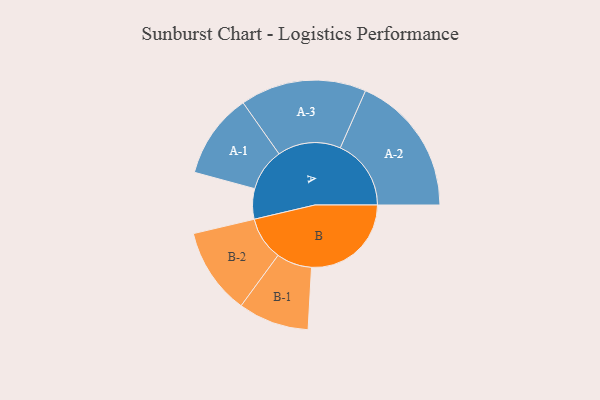
{"axis": {"x": "Segment", "y": "Value"}, "legend": ["", "A", "B"], "data": [{"x": "A", "y": 103, "type": ""}, {"x": "B", "y": 338, "type": ""}, {"x": "A-1", "y": 144, "type": "A"}, {"x": "A-2", "y": 240, "type": "A"}, {"x": "A-3", "y": 214, "type": "A"}, {"x": "B-1", "y": 120, "type": "B"}, {"x": "B-2", "y": 147, "type": "B"}]}